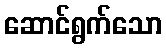
ဆောင်ရွက်သော